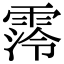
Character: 霗